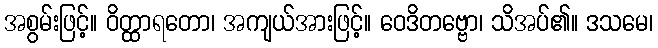
အစွမ်းဖြင့်။ ဝိတ္ထာရတော၊ အကျယ်အားဖြင့်။ ဝေဒိတဗ္ဗော၊ သိအပ်၏။ ဒသမေ၊